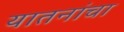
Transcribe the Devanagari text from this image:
यातनांचा